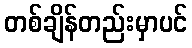
တစ်ချိန်တည်းမှာပင်